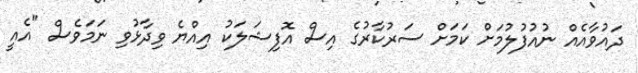
ދައުވާއެއް ނުއުފުލުމަށް ކަމަށް ސަރުކާރުގެ އިސް އޮފިޝަލަކު އިއްޔެ ވިދާޅުވި ނަމަވެސް "އެއީ